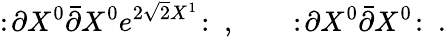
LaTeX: :\! \partial X^{0}\bar{\partial}X^{0}e^{2\sqrt 2X^{1}}\! :\ ,\qquad:\! \partial X^{0}\bar{\partial}X^{0}\! :\ .